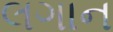
લગાન